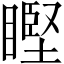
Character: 𥉸